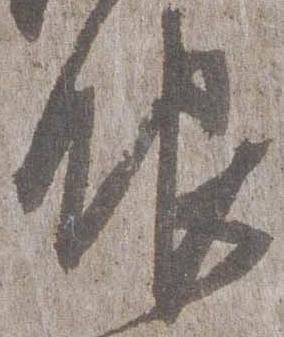
眼